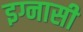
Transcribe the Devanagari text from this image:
इग्नासी